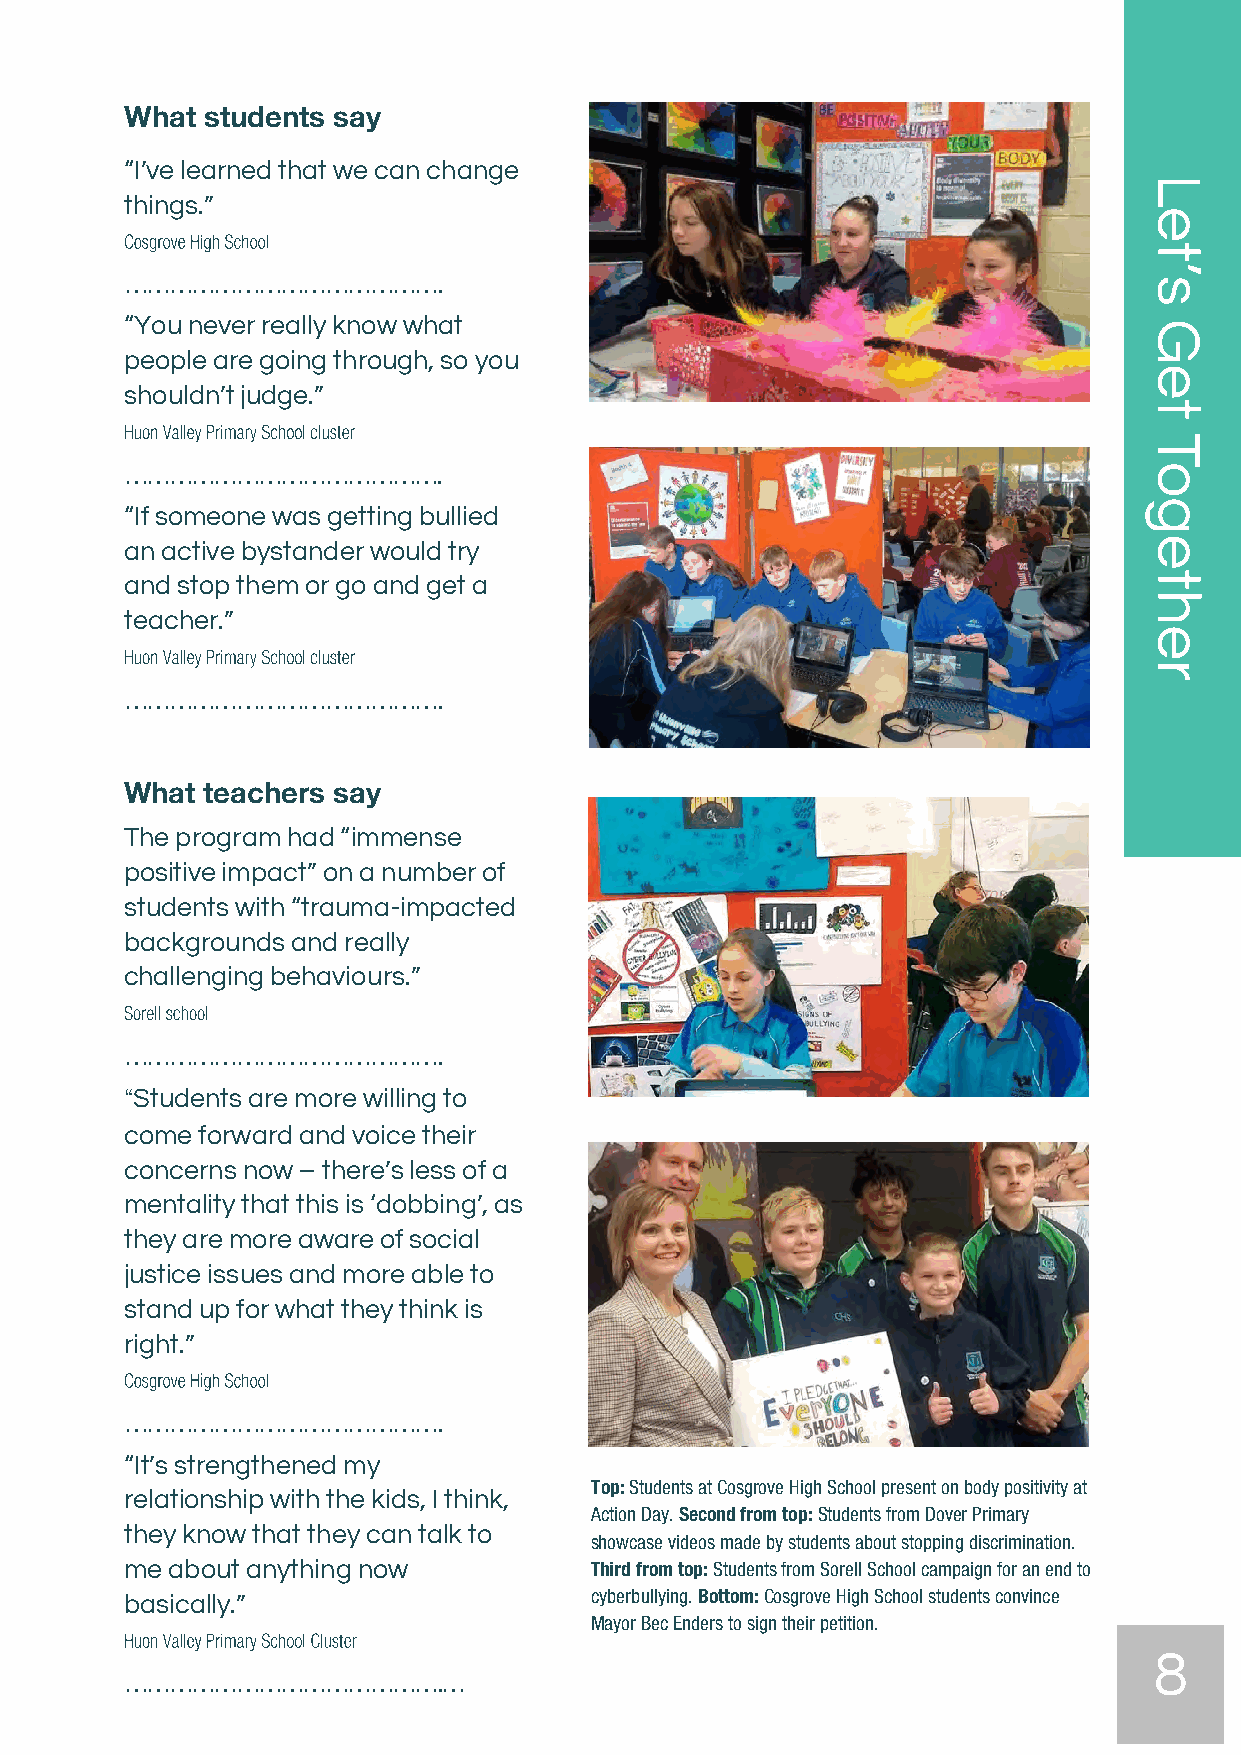
What  students say
 “I’ve learned that we can change
 things.”
 …………………………………….
 “You never really know what
 people are going through, so you
 shouldn’t judge.”
 …………………………………….
 “If someone was getting bullied
 an active bystander would try
 and stop them or go and get a
 teacher.”
 …………………………………….
 What  teachers say
 The program had “immense
 positive impact” on a number of
 students with “trauma-impacted
 backgrounds and really
 challenging behaviours.”
 …………………………………….
 “Students are more willing to
 come forward and voice their
 concerns now – there’s less of a
 mentality that this is ‘dobbing’, as
 they are more aware of social
 justice issues and more able to
 stand up for what they think is
 right.”
 …………………………………….
 “It’s strengthened my
 Top: Students at Cosgrove High School present on body positivity at
 relationship with the kids, I think,
 Action Day. Second from top: Students from Dover Primary
 they know that they can talk to
 showcase videos made by students about stopping discrimination.
 me about anything now          Third from top: Students from Sorell School campaign for an end to
 basically.”                    cyberbullying. Bottom: Cosgrove High School students convince
 Mayor Bec Enders to sign their petition.
 8
 …………………………………….…
 Let’s
 Get
 Together